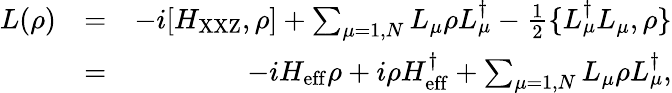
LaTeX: \begin{array}{rlr}{L(\rho)}&{=}&{-i[H_{\mathrm{XXZ}},\rho]+\sum_{\mu=1,N}L_{\mu}\rho L_{\mu}^{\dagger}-\frac{1}{2}\{ L_{\mu}^{\dagger}L_{\mu},\rho\} }\\ &{=}&{-iH_{\mathrm{eff}}\rho+i\rho H_{\mathrm{eff}}^{\dagger}+\sum_{\mu=1,N}L_{\mu}\rho L_{\mu}^{\dagger},}\end{array}